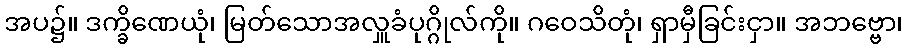
အပ၌။ ဒက္ခိဏေယုံ၊ မြတ်သောအလှူခံပုဂ္ဂိုလ်ကို။ ဂဝေသိတုံ၊ ရှာမှီခြင်းငှာ။ အဘဗ္ဗော၊